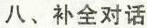
八、补全对话